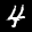
Label: 4